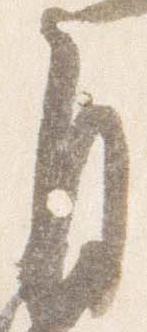
自